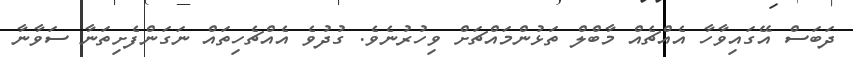
ދަބަސް އޭގައިވާހާ އެއްޗެއް މާބްލް ތަޅުންމައްޗަށް ވިހުރުނެވެ. ގުދުވެ އެއްޗެހިތައް ނަގަންފެށިތަނާ ސަވާނާ